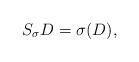
LaTeX: \begin{align*}S_\sigma D=\sigma(D),\end{align*}